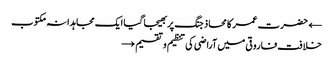
← حضرت عمر کا محاذ جنگ پر بھیجا گیا ایک مجاہدانہ مکتوب
خلافت فاروقی میں آراضی کی تنظیم و تقسیم →